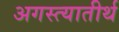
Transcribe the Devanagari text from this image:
अगस्त्यातीर्थ